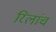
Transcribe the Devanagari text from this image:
रिलांच